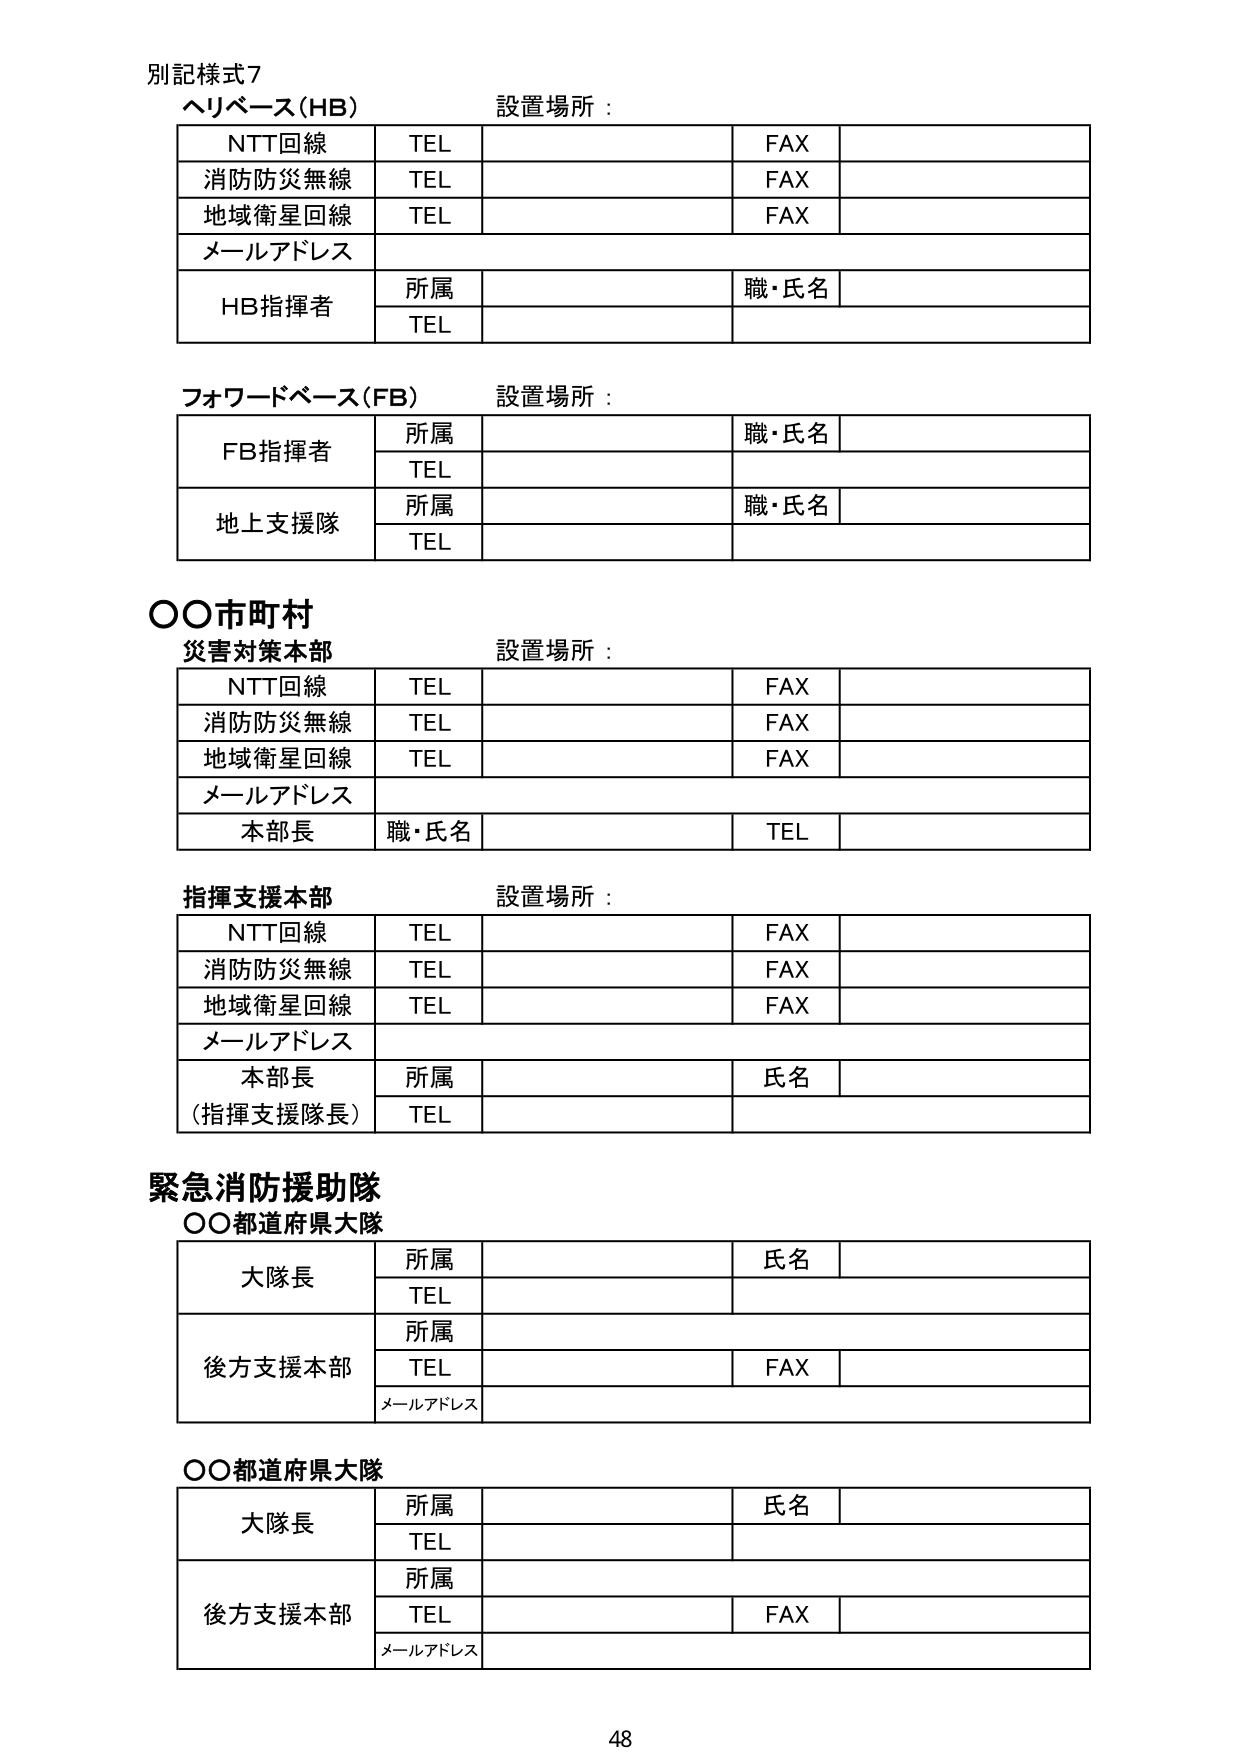
別記様式7
ヘリベース(HB) 設置場所：
NTT回線 TEL FAX
消防防災無線 TEL FAX
地域衛星回線 TEL FAX
メールアドレス
HB指揮者 所属 職・氏名
TEL

フォワードベース(FB) 設置場所：
FB指揮者 所属 職・氏名
TEL
地上支援隊 所属 職・氏名
TEL

○○市町村
災害対策本部 設置場所：
NTT回線 TEL FAX
消防防災無線 TEL FAX
地域衛星回線 TEL FAX
メールアドレス
本部長 職・氏名 TEL

指揮支援本部 設置場所：
NTT回線 TEL FAX
消防防災無線 TEL FAX
地域衛星回線 TEL FAX
メールアドレス
本部長 所属 氏名
(指揮支援隊長) TEL

緊急消防援助隊
○○都道府県大隊
大隊長 所属 氏名
TEL
後方支援本部 所属
TEL FAX
メールアドレス

○○都道府県大隊
大隊長 所属 氏名
TEL
後方支援本部 所属
TEL FAX
メールアドレス

48